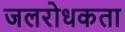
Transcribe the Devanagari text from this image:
जलरोधकता